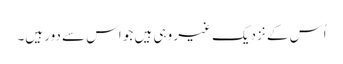
اُس کے نزدیک غیر وہی ہیں جو اس سے دور ہیں۔